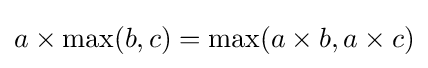
a\times \max(b,c)=\max(a\times b,a\times c)